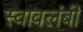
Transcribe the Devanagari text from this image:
स्‍वावलंबी